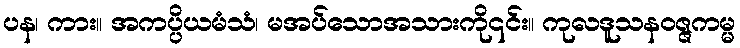
ပန၊ ကား။ အကပ္ပိယမံသံ၊ မအပ်သောအသားကို၎င်း။ ကုလဒူသနဝဇ္ဇကမ္မ